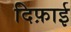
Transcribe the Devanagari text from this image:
दिफ़ाई